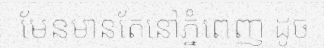
មែនមានតែនៅភ្នំពេញ ដូច